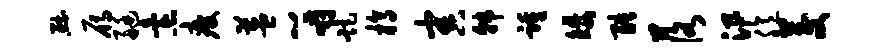
黜雁艇怠疲益~嚼距槁害韩踵矮酷落汛臆茭